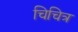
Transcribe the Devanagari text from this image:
चिचित्र